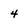
Character: 4